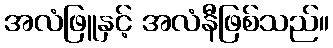
အလံဖြူနှင့် အလံနီဖြစ်သည်။